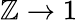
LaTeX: \mathbb{Z}\rightarrow1